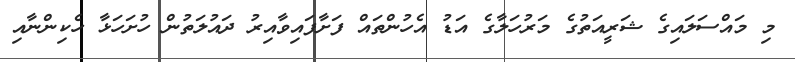
މި މައްސަލައިގެ ޝަރީއަތުގެ މަރުހަލާގެ އަޑު އެހުންތައް ފަށާފައިވާއިރު ދައުލަތުން ހުށަހަޅާ ހެކިންނާއި